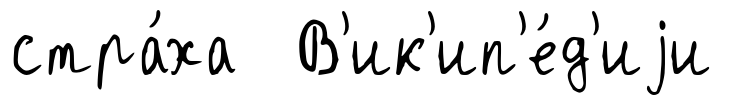
стра́ха В'ик'ип'е́д'иjи